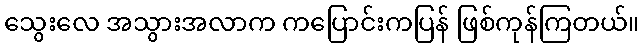
သွေးလေ အသွားအလာက ကပြောင်းကပြန် ဖြစ်ကုန်ကြတယ်။